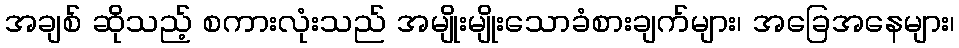
အချစ် ဆိုသည့် စကားလုံးသည် အမျိုးမျိုးသောခံစားချက်များ၊ အခြေအနေများ၊